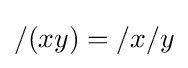
/(xy)=/x/y